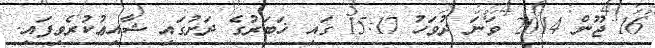
16 ޖޫން 2014 ވަނަ ދުވަހު 15:17 ގައި ޚަބަރުގެ ދަށުގައި ޝާއިޢުކުރެވިފައި.